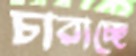
চারাচ্ছে